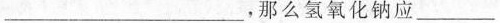
___，那么氢氧化钠应___